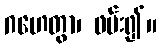
ဂဟေတွာ၊ ဖမ်း၍။